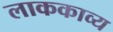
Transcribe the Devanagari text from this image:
लाककाव्य